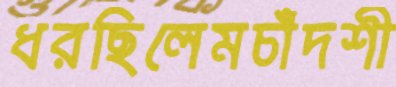
ধরছিলেমচাঁদশী